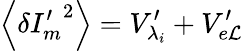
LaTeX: \left\langle\delta{{I}_{m}^{\prime}}^{2}\right\rangle={{V}_{{\lambda_{i}}}^{\prime}}+{{V}_{e\mathcal{L}}^{\prime}}